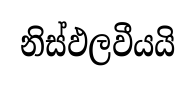
නිස්ඵලවීයයි